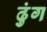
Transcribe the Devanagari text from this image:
ढुंग